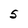
Character: 5